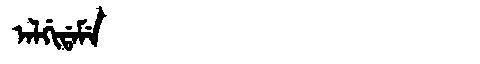
Manchu: ᠠᠯᡤᡳᡩᠠᠮᡝ
Romanization: ALGIDAME